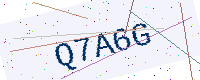
Text: Q7A6G